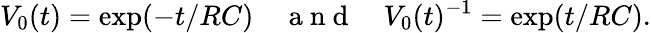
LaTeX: V_{0}(t)=\exp(-t/RC)\quad\mathrm{~a~n~d~}\quad V_{0}(t)^{-1}=\exp(t/RC).